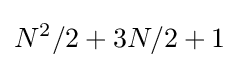
N^{2}/2+3N/2+1